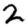
Digit: 2